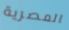
المصرية